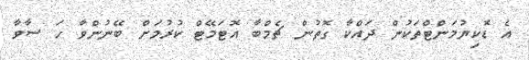
އެ ޑޮކިޔުމަންޓްތަކުން ދައްކާ ގޮތުން ޗެމްބާ އޮޓަމޭޓް ކުރުމަށް ބޭނުންވާ ހަ ސާވާ